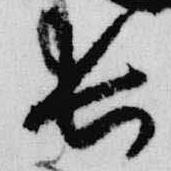
長